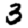
Digit: 3